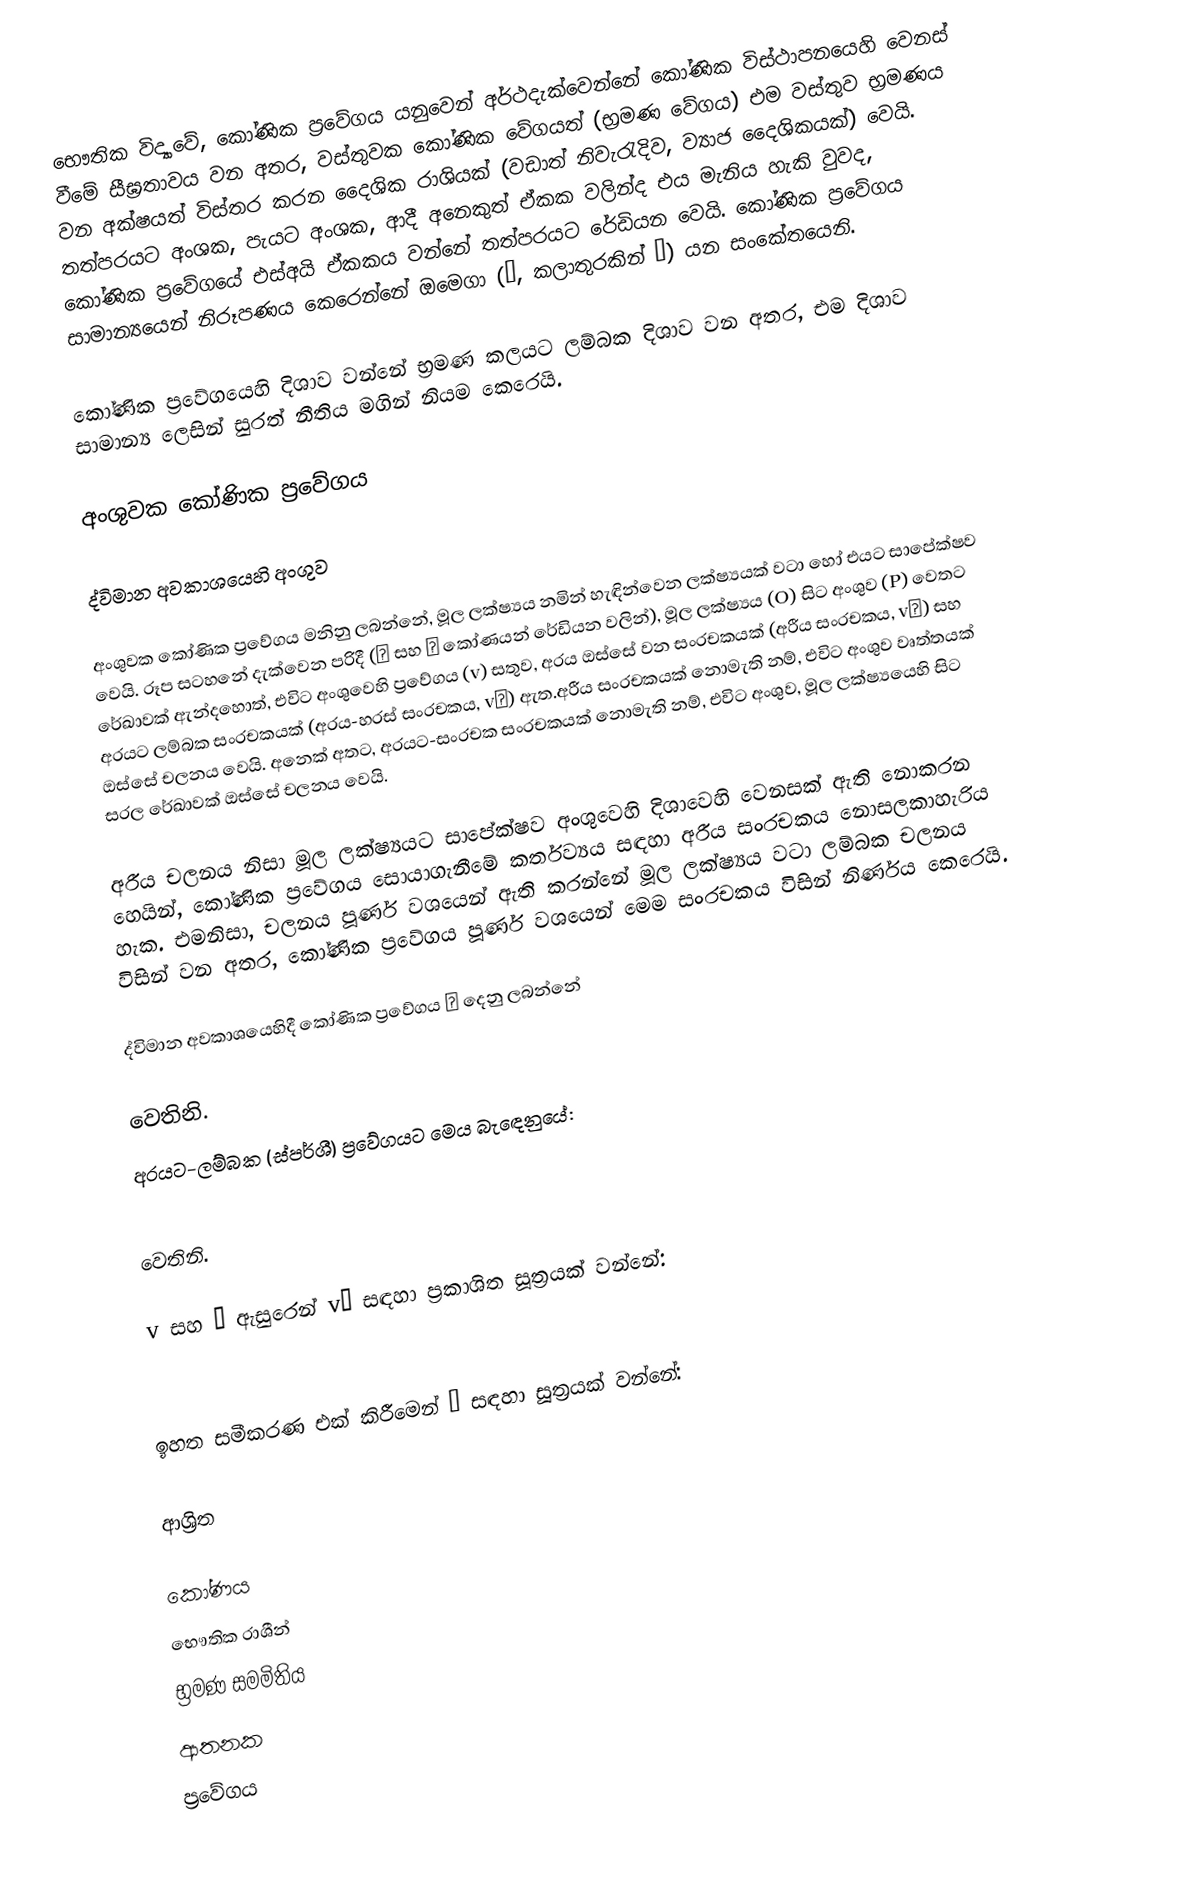
භෞතික විද්‍යාවේ, කෝණික ප්‍රවේගය යනුවෙන් අර්ථදැක්වෙන්නේ  කෝණික විස්ථාපනයෙහි වෙනස් වීමේ සීඝ්‍රතාවය වන අතර, වස්තුවක කෝණික වේගයත් (භ්‍රමණ වේගය) එම වස්තුව භ්‍රමණය වන අක්ෂයත් විස්තර කරන දෛශික රාශියක් (වඩාත් නිවැරැදිව, ව්‍යාජ දෛශිකයක්) වෙයි. තත්පරයට අංශක, පැයට අංශක, ආදී අනෙකුත් ඒකක වලින්ද එය මැනිය හැකි වුවද, කෝණික ප්‍රවේගයේ එස්අයි ඒකකය වන්නේ තත්පරයට රේඩියන වෙයි. කෝණික ප්‍රවේගය සාමාන්‍යයෙන් නිරූපණය කෙරෙන්නේ  ඔමෙගා (ω, කලාතුරකින් Ω) යන සංකේතයෙනි.

කෝණික ප්‍රවේගයෙහි දිශාව වන්නේ භ්‍රමණ කලයට ලම්බක දිශාව වන අතර, එම දිශාව සාමාන්‍ය ලෙසින්  සුරත් නීතිය මගින් නියම කෙරෙයි.

අංශුවක කෝණික ප්‍රවේගය

ද්විමාන අවකාශයෙහි අංශුව

අංශුවක කෝණික ප්‍රවේගය මනිනු ලබන්නේ, මූල ලක්ෂ්‍යය නමින් හැඳින්වෙන ලක්ෂ්‍යයක් වටා හෝ එයට සාපේක්ෂව වෙයි. රූප සටහනේ දැක්වෙන පරිදී (ɸ සහ θ කෝණයන්  රේඩියන වලින්), මූල ලක්ෂ්‍යය (O) සිට අංශුව (P) වෙතට රේඛාවක් ඇන්දහොත්, එවිට අංශුවෙහි ප්‍රවේගය (v) සතුව, අරය ඔස්සේ වන සංරචකයක්  (අරීය සංරචකය, v‖) සහ අරයට ලම්බක සංරචකයක් (අරය-හරස් සංරචකය, v⊥) ඇත.අරීය සංරචකයක් නොමැති නම්, එවිට අංශුව වෘත්තයක් ඔස්සේ චලනය වෙයි. අනෙක් අතට, අරයට-සංරචක සංරචකයක් නොමැති නම්, එවිට අංශුව, මූල ලක්ෂ්‍යයෙහි සිට සරල රේඛාවක් ඔස්සේ චලනය වෙයි.

අරීය චලනය නිසා මූල ලක්ෂ්‍යයට සාපේක්ෂව අංශුවෙහි දිශාවෙහි වෙනසක් ඇති නොකරන හෙයින්, කෝණික ප්‍රවේගය සොයාගැනීමේ කර්තව්‍යය සඳහා අරීය සංරචකය නොසලකාහැරිය හැක. එමනිසා, චලනය පූර්ණ වශයෙන් ඇති කරන්නේ මූල ලක්ෂ්‍යය වටා ලම්බක චලනය විසින් වන අතර, කෝණික ප්‍රවේගය පූර්ණ වශයෙන් මෙම සංරචකය විසින් නිර්ණය කෙරෙයි.

ද්විමාන අවකාශයෙහිදී කෝණික ප්‍රවේගය ω දෙනු ලබන්නේ

වෙතිනි.
අරයට-ලම්බක (ස්පර්ශී) ප්‍රවේගයට මෙය බැඳෙනුයේ:

වෙතිනි.

v සහ θ ඇසුරෙන් v⊥ සඳහා ප්‍රකාශිත සූත්‍රයක් වන්නේ:

ඉහත සමීකරණ එක් කිරීමෙන්  ω සඳහා සූත්‍රයක් වන්නේ:

ආශ්‍රිත

කෝණය
භෞතික රාශීන්
භ්‍රමණ සමමිතිය
ආතනක
ප්‍රවේගය